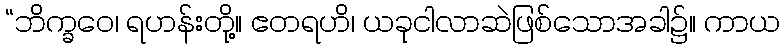
“ဘိက္ခဝေ၊ ရဟန်းတို့။ ဧတရဟိ၊ ယခုငါလာဆဲဖြစ်သောအခါ၌။ ကာယ